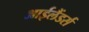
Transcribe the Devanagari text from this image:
आईलैंडर्स